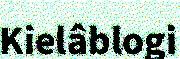
Kielâblogi